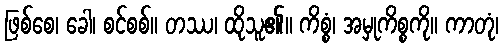
ဖြစ်စေ၊ ခေါ၊ စင်စစ်။ တဿ၊ ထိုသူ၏။ ကိစ္စံ၊ အမှုကိစ္စကို။ ကာတုံ၊